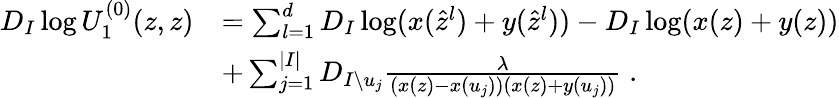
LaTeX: \begin{array}{rl}{D_{I}\log U_{1}^{(0)}(z,z)}&{=\sum_{l=1}^{d}D_{I}\log(x(\hat{z}^{l})+y(\hat{z}^{l}))-D_{I}\log(x(z)+y(z))}\\ &{+\sum_{j=1}^{|I|}D_{I\setminus u_{j}}\frac{\lambda}{(x(z)-x(u_{j}))(x(z)+y(u_{j}))}\; .}\end{array}